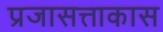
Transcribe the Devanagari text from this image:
प्रजासत्ताकास